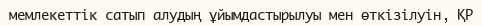
мемлекеттік сатып алудың ұйымдастырылуы мен өткізілуін, ҚР